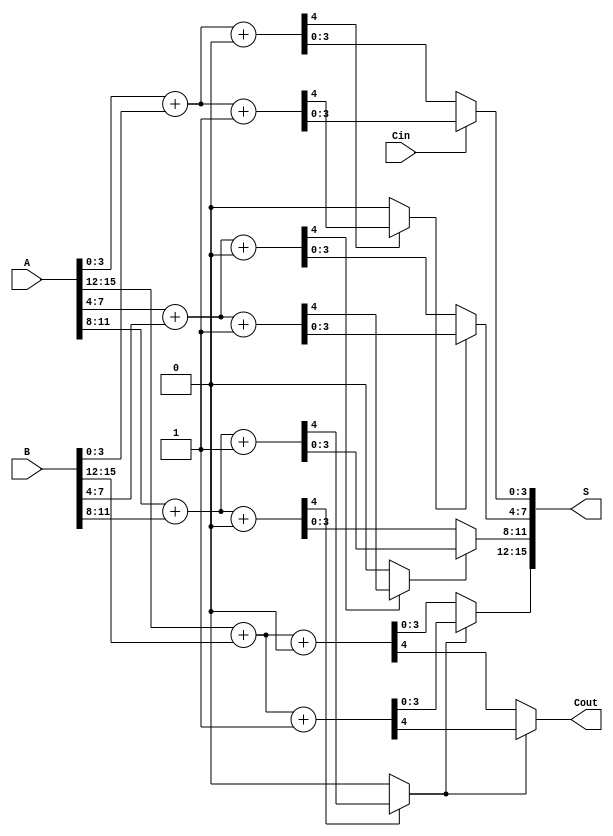
module han_carlson_adder #(parameter N = 16, // Total bit width
                            parameter M = 4   // Segment size
                           ) (
    input  [N-1:0] A,     // First operand
    input  [N-1:0] B,     // Second operand
    input          Cin,    // Carry-in
    output [N-1:0] S,     // Sum output
    output         Cout    // Carry-out
);

    // Number of segments
    localparam NUM_SEGMENTS = N / M;

    // Intermediate signals
    wire [M-1:0] sum0 [0:NUM_SEGMENTS-1]; // Sums assuming carry-in = 0
    wire [M-1:0] sum1 [0:NUM_SEGMENTS-1]; // Sums assuming carry-in = 1
    wire        carry_out0 [0:NUM_SEGMENTS-1]; // Carry-out for carry-in = 0
    wire        carry_out1 [0:NUM_SEGMENTS-1]; // Carry-out for carry-in = 1
    wire        carry_select [0:NUM_SEGMENTS-1]; // Carry select signals

    // Generate the segments
    genvar i;
    generate
        for (i = 0; i < NUM_SEGMENTS; i = i + 1) begin : segment
            // Calculate the range for each segment
            wire [M-1:0] A_segment = A[M*i +: M];
            wire [M-1:0] B_segment = B[M*i +: M];

            // Full adders for carry-in = 0
            assign {carry_out0[i], sum0[i]} = A_segment + B_segment + 1'b0;
            // Full adders for carry-in = 1
            assign {carry_out1[i], sum1[i]} = A_segment + B_segment + 1'b1;

            // Select carry for the next segment
            if (i > 0) begin
                assign carry_select[i] = carry_out0[i-1] ? carry_out1[i-1] : carry_out0[i-1];
            end else begin
                assign carry_select[i] = Cin;
            end
        end
    endgenerate

    // Final sum and carry-out calculation
    generate
        for (i = 0; i < NUM_SEGMENTS; i = i + 1) begin : final_sum
            // Select the correct sum based on the carry select
            assign S[M*i +: M] = carry_select[i] ? sum1[i] : sum0[i];
            if (i == NUM_SEGMENTS - 1) begin
                assign Cout = carry_select[i] ? carry_out1[i] : carry_out0[i];
            end
        end
    endgenerate

endmodule